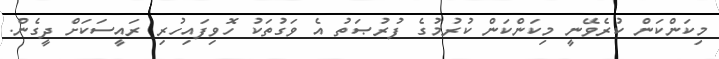
މިކަންކަން ކުރެވޭނީ މިކަންކަން ކުރުމުގެ ފުރުޞަތު އެ ވަގުތަކު ހޮވިފައިހުރި ރައީސަކަށް ދީގެން.